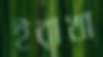
ইরাখা